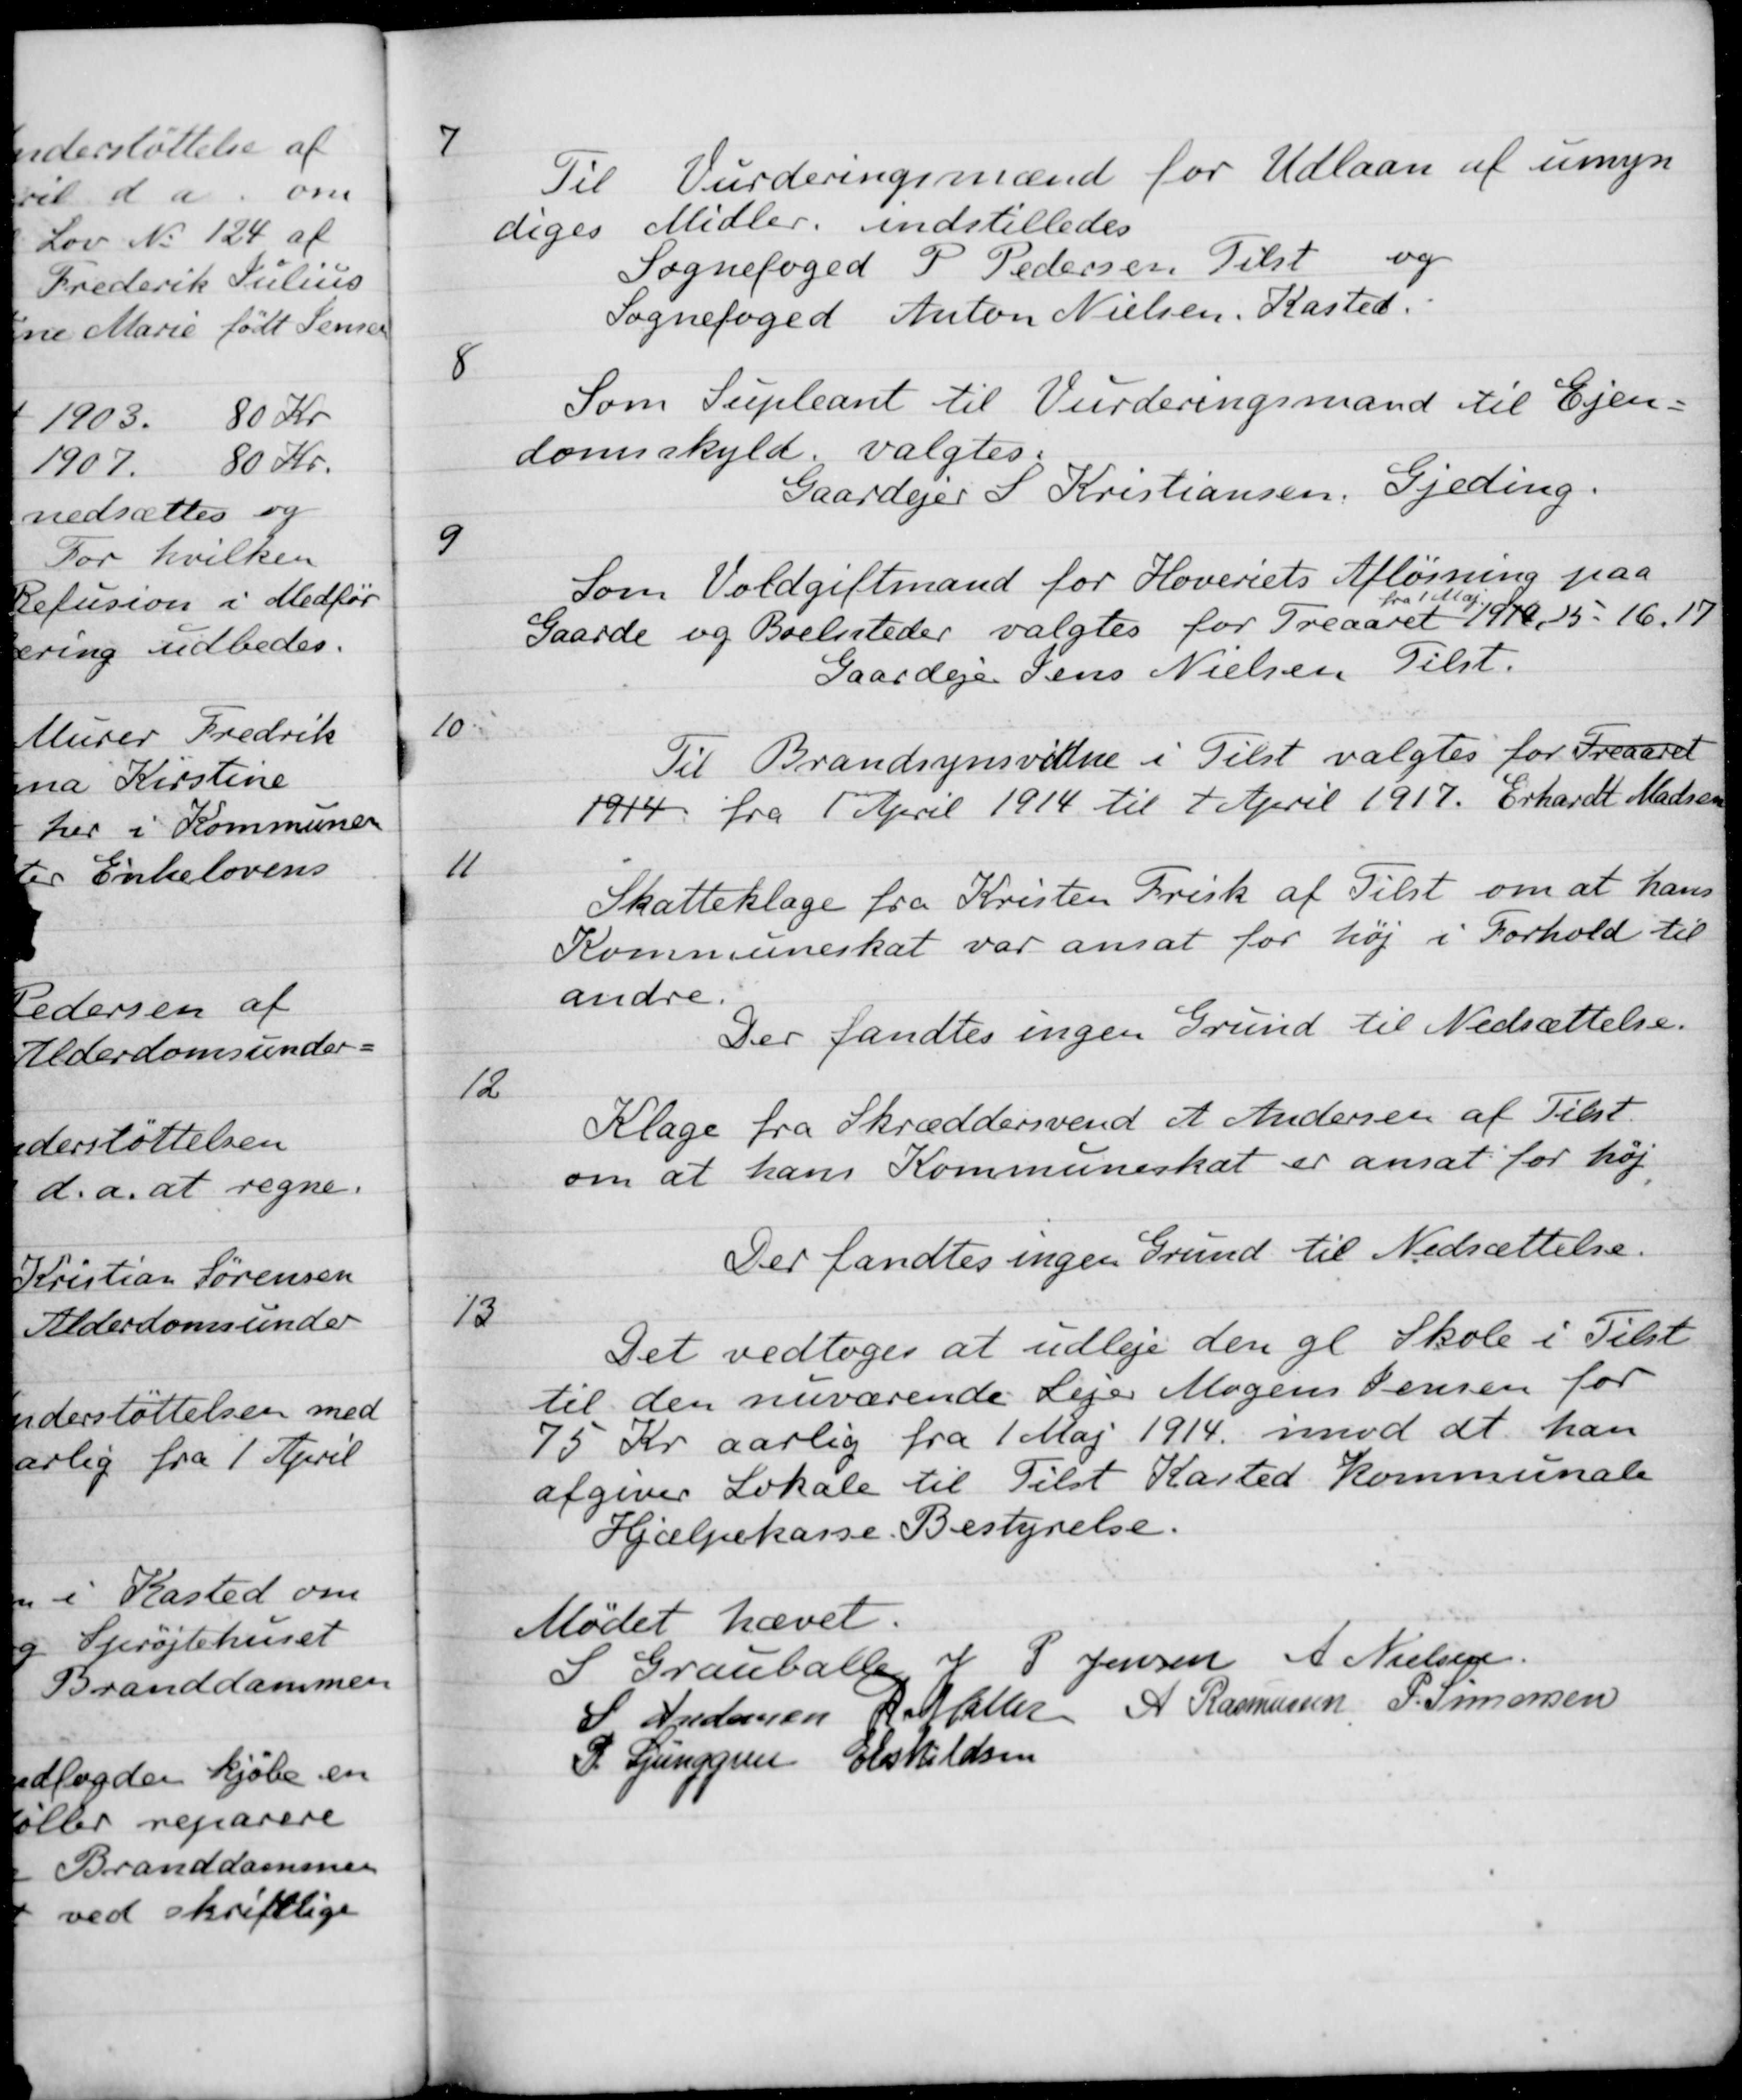
Transskription:
7
Til Vurderingsmænd for Udlaan af umyn-
diges Midler. indstilledes
Sognefoged P. Pedersen Tilst og
Sognefoged Anton Nielsen, Kasted.
8
Som Supleant til Vurderingsmand til Ejen-
domsskyld valgtes:
Gaardejer S. Kristiansen, Gjeding.
9
Som Voldgiftmand for Hoveriets Afløsning paa
Gaarde og Boelssteder valgtes for Treaaret
fra 1 Maj
191915-16,17
Gaardejer Jens Nielsen Tilst.
10
Til Brandsynsvidne i Tilst valgtes for Treaaret
1914 fra 1 April 1914 til 1 April 1917. Erhardt Madsen
11
Skatteklage fra Kristen Frisk af Tilst om at hans
Kommuneskat var ansat for høj i Forhold til
andre.
Der fandtes ingen Grund til Nedsættelse.
12
Klage fra Skræddersvend A Andersen af Tilst.
om at ham Kommuneskat er ansat for høj
Der fandtes ingen Grund til Nedsættelse.
13
Det vedtoges at udleje den gl Skole i Tilst
til den nuværende Lejer Mogens Jensen for
75 Kr aarlig fra 1 Maj 1914 imod at han
afgiver Lokale til Tilst Kasted Kommunale
Hjælpekasse. Bestyrelse.
Mødet hævet.
S Grauballe
J P Jensen
A Nielsen
S Andersen
R. Møller
A Rasmussen
P. Simonsen
P. Ljunggren
E Eskildsen